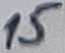
Text: 15